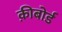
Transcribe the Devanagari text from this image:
क़ीबोर्ड